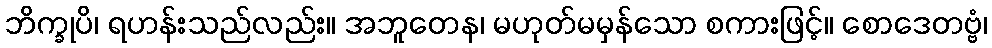
ဘိက္ခုပိ၊ ရဟန်းသည်လည်း။ အဘူတေန၊ မဟုတ်မမှန်သော စကားဖြင့်။ စောဒေတဗ္ဗံ၊